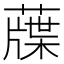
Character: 䕈